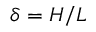
\delta = H / L